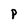
Character: P